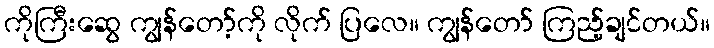
ကိုကြီးဆွေ ကျွန်တော့်ကို လိုက် ပြလေ။ ကျွန်တော် ကြည့်ချင်တယ်။